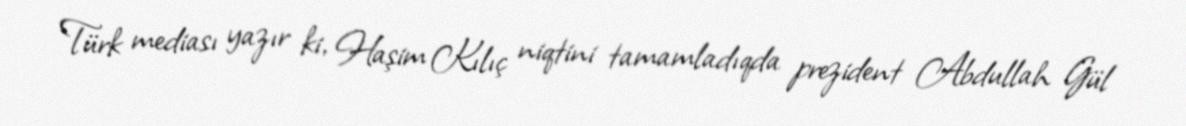
Türk mediası yazır ki, Haşim Kılıç niqtini tamamladıqda prezident Abdullah Gül